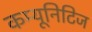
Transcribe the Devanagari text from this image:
कम्यूनिटिज